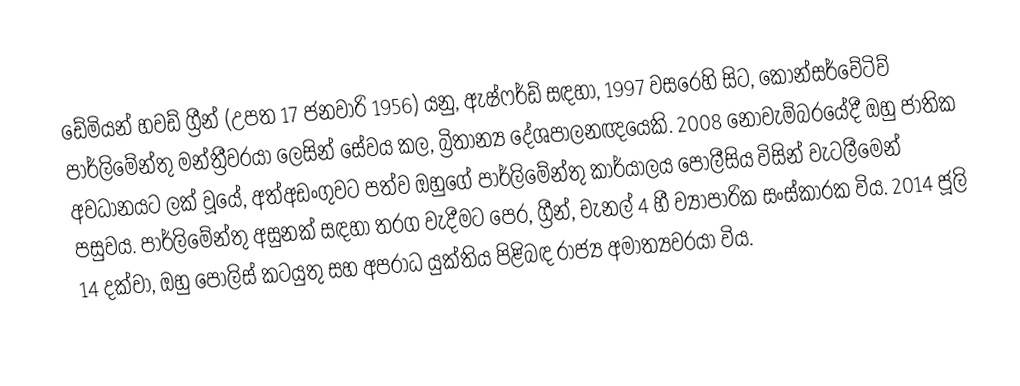
ඩේමියන් හවඩ් ග්‍රීන් (උපත 17 ජනවාරි 1956) යනු,  ඇෂ්ෆර්ඩ් සඳහා, 1997 වසරෙහි සිට, කොන්සර්වේටිව් පාර්ලිමේන්තු මන්ත්‍රීවරයා ලෙසින් සේවය කල, බ්‍රිතාන්‍ය දේශපාලනඥයෙකි. 2008 නොවැම්බරයේදී ඔහු ජාතික අවධානයට ලක් වූයේ,  අත්අඩංගුවට පත්ව ඔහුගේ පාර්ලිමේන්තු කාර්යාලය පොලීසිය විසින් වැටලීමෙන් පසුවය. පාර්ලිමේන්තු අසුනක් සඳහා තරග වැදීමට පෙර, ග්‍රීන්, චැනල් 4 හී ව්‍යාපාරික සංස්කාරක විය. 2014 ජූලි 14 දක්වා, ඔහු  පොලිස් කටයුතු සහ අපරාධ යුක්තිය පිළිබඳ රාජ්‍ය අමාත්‍යවරයා විය.